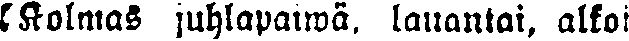
Kolmas juhlapäiwä, lauantai, alkoi